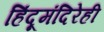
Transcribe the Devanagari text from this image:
हिंदूमंदिरेही